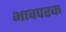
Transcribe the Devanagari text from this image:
भावपरक